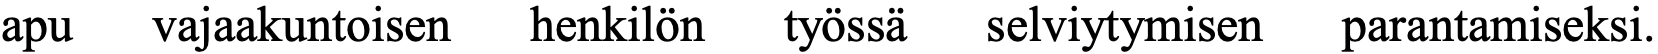
apu  vajaakuntoisen henkilön työssä selviytymisen parantamiseksi.